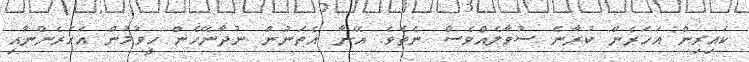
ކައިރިން އަހަރެން ކުރާނެ ސުވާލެއްވެސް ނެތެވެ. އޭނާ އެތަނުން ނުދާނޭހެން ހީވުމުން އަހަރެންނާއި